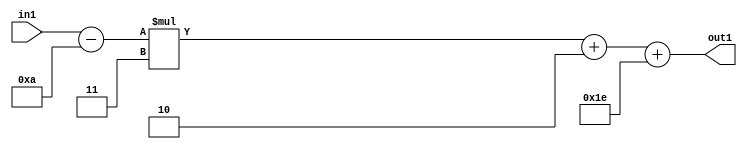
`timescale 1ps / 1ps
/*****************************************************************************
    Verilog RTL Description
    
    
    Created by: Stratus DpOpt 21.05.01 
*******************************************************************************/

module SobelFilter_Add2i30Add2i2Mul2i3Subi10s6_4 (
	in1,
	out1
	); /* architecture "behavioural" */ 
input [5:0] in1;
output [5:0] out1;
wire [5:0] asc001,
	asc003,
	asc004;

assign asc004 = 
	+(in1)
	-(6'B001010);

wire [5:0] asc003_tmp_0;
assign asc003_tmp_0 = 
	+(asc004 * 6'B000011);
assign asc003 = asc003_tmp_0
	+(6'B000010);

assign asc001 = 
	+(asc003)
	+(6'B011110);

assign out1 = asc001;
endmodule

/* CADENCE  uLj4Qg8= : u9/ySxbfrwZIxEzHVQQV8Q== ** DO NOT EDIT THIS LINE ******/